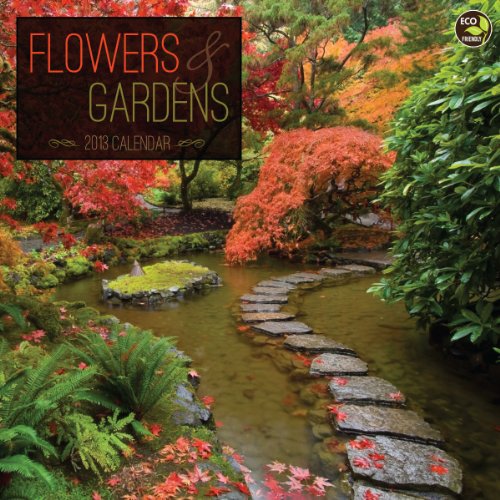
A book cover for Flowers & Gardens 2013 Calendar; Calendars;